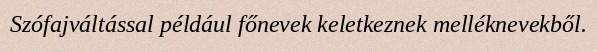
Szófajváltással például főnevek keletkeznek melléknevekből.